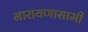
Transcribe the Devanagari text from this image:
नारायणासामी